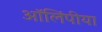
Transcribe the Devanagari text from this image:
ऑलिंपीया